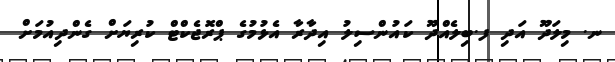
ނ. މިލަދޫ އަދި ފ.ބިލެއްދޫ ކައުންސިލު އިދާރާ އެޅުމުގެ ޕްރޮޖެކްޓް ކުރިޔަށް ގެންދިއުމަށް